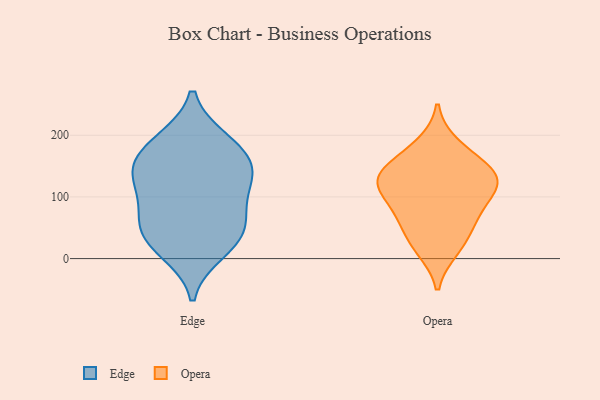
{"axis": {"x": "Customer Acquisition Cost (USD)", "y": "Value"}, "legend": ["Edge", "Opera"], "data": [{"x": "", "y": 11, "type": "Edge"}, {"x": "", "y": 143, "type": "Edge"}, {"x": "", "y": 138, "type": "Edge"}, {"x": "", "y": 88, "type": "Edge"}, {"x": "", "y": 61, "type": "Edge"}, {"x": "", "y": 190, "type": "Edge"}, {"x": "", "y": 116, "type": "Edge"}, {"x": "", "y": 26, "type": "Edge"}, {"x": "", "y": 59, "type": "Edge"}, {"x": "", "y": 165, "type": "Edge"}, {"x": "", "y": 192, "type": "Edge"}, {"x": "", "y": 141, "type": "Edge"}, {"x": "", "y": 37, "type": "Edge"}, {"x": "", "y": 71, "type": "Opera"}, {"x": "", "y": 164, "type": "Opera"}, {"x": "", "y": 78, "type": "Opera"}, {"x": "", "y": 136, "type": "Opera"}, {"x": "", "y": 114, "type": "Opera"}, {"x": "", "y": 113, "type": "Opera"}, {"x": "", "y": 57, "type": "Opera"}, {"x": "", "y": 122, "type": "Opera"}, {"x": "", "y": 185, "type": "Opera"}, {"x": "", "y": 133, "type": "Opera"}, {"x": "", "y": 25, "type": "Opera"}, {"x": "", "y": 15, "type": "Opera"}, {"x": "", "y": 139, "type": "Opera"}]}